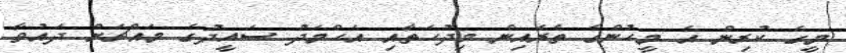
މީގެ ކުރިން އެ މީހުންގެ ތެރެއިން މިދުހަތާއި އަހްމަދު ސައީދުގެ މައްޗަށް ދައުވާ